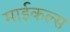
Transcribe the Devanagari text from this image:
माईकल्स